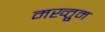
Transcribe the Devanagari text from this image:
मख्तुूम